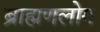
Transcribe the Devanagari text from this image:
ब्राह्मणलोग